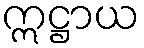
ဣဋ္ဌာယ